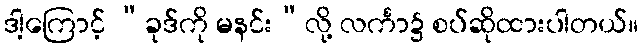
ဒါ့ကြောင့် “ခုဒ်ကို မနင်း”လို့ လင်္ကာ၌ စပ်ဆိုထားပါတယ်။